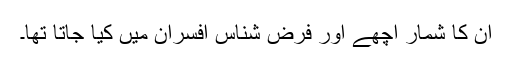
ان کا شمار اچھے اور فرض شناس افسران میں کیا جاتا تھا۔